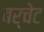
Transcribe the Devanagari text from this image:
बर्चेट